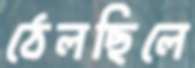
ঠেলছিলে